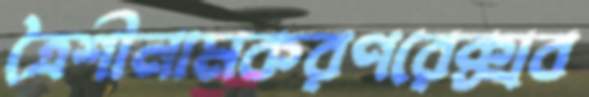
ত্রৈশীনামকরণরেক্সব